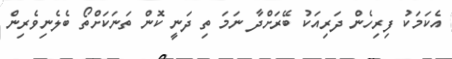
އެކަމަކު ފިރިހެން ދަރިއަކު ބޭރަށްދާ ނަމަ ތި ދަނީ ކޮން ތަނަކަށްތޯ ބެލެނިވެރިން